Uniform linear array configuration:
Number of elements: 32
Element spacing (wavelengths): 0.25
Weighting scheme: cosine
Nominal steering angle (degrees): -45
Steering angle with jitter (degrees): -44.107
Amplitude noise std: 0.05
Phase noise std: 0.05

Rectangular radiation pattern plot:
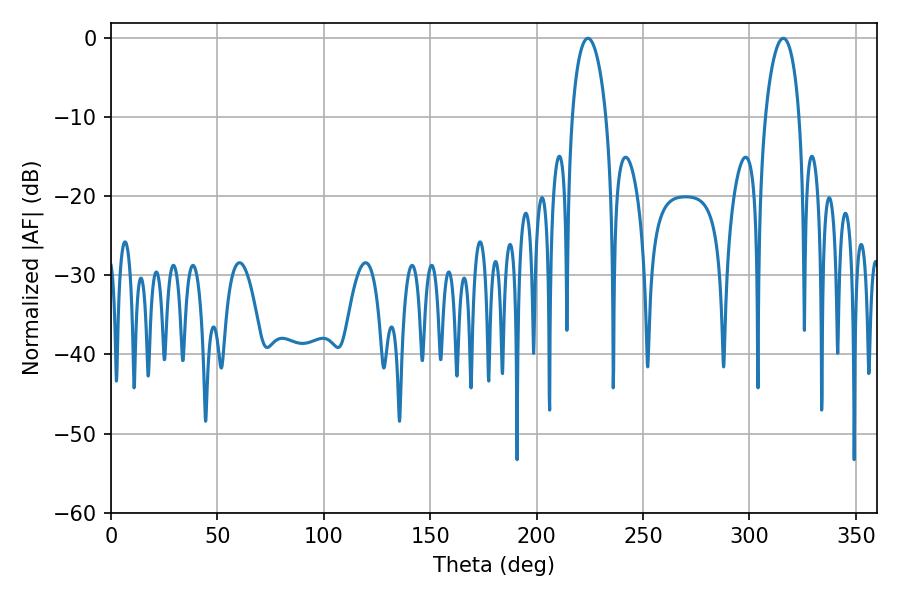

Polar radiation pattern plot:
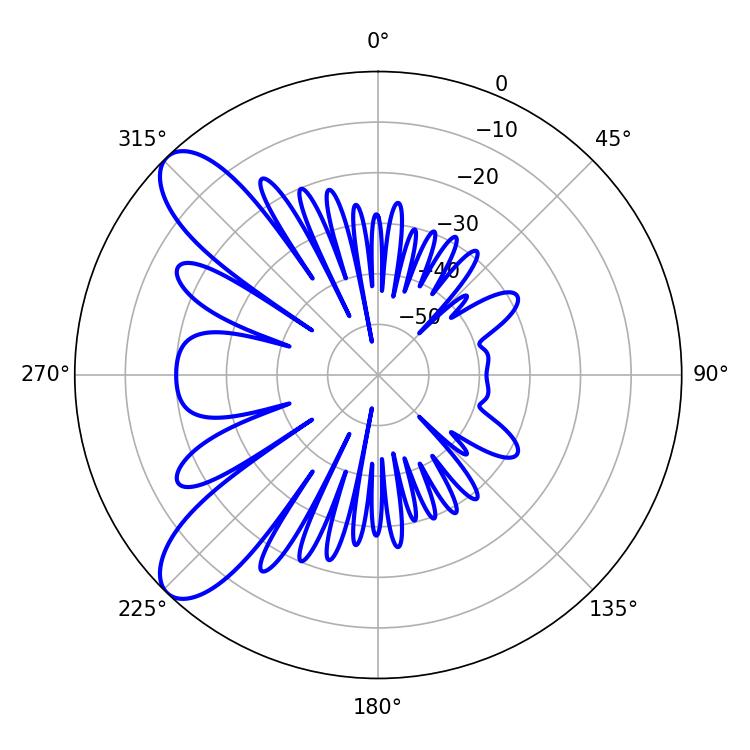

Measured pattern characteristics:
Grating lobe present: FALSE
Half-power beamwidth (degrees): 9
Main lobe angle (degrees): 224.1